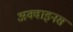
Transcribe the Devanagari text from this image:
अक्वाइनस